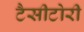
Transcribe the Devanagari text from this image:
टैसीटोरी